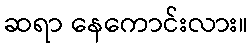
ဆရာ နေကောင်းလား။